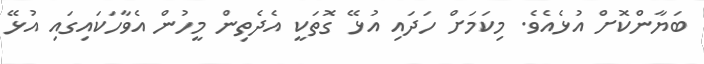
ބަޔާންކޮށް އުޅެއެވެ. މިކަމަށް ހަދައި އުޅޭ ގޮތަކީ އެދެތިން މީހުން އެވާހަކައިގައި އުޅޭ